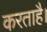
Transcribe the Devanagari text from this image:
करताहै।